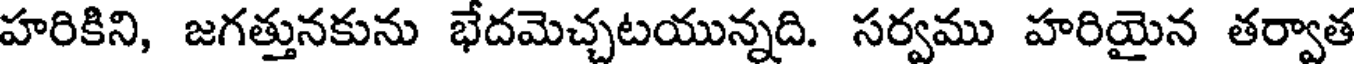
హరికిని, జగత్తునకును భేదమెచ్చటయున్నది. సర్వము హరియైన తర్వాత